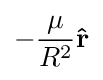
-{\frac {\mu }{R^{2}}}\mathbf {\hat {r}}